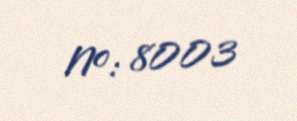
№: 8003